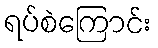
ရပ်စဲကြောင်း